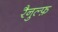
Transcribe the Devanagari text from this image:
रैनुल्फ़